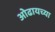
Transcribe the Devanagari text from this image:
ओढायच्या